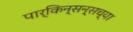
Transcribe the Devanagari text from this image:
पार्किन्सन्सच्या